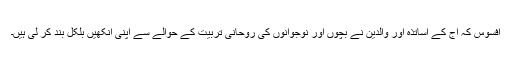
افسوس کہ آج کے اساتذہ اور والدین نے بچوں اور نوجوانوں کی روحانی تربیت کے حوالے سے اپنی آنکھیں بلکل بند کر لی ہیں۔